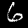
Label: 6